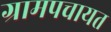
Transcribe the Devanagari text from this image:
ग्रामपचायत